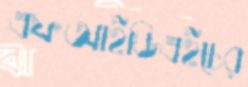
এফআইডিএইচের